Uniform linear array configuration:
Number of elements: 48
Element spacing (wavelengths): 0.5
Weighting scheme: cosine
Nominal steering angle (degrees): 0
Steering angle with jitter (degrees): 0.0941
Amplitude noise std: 0.05
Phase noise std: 0.05

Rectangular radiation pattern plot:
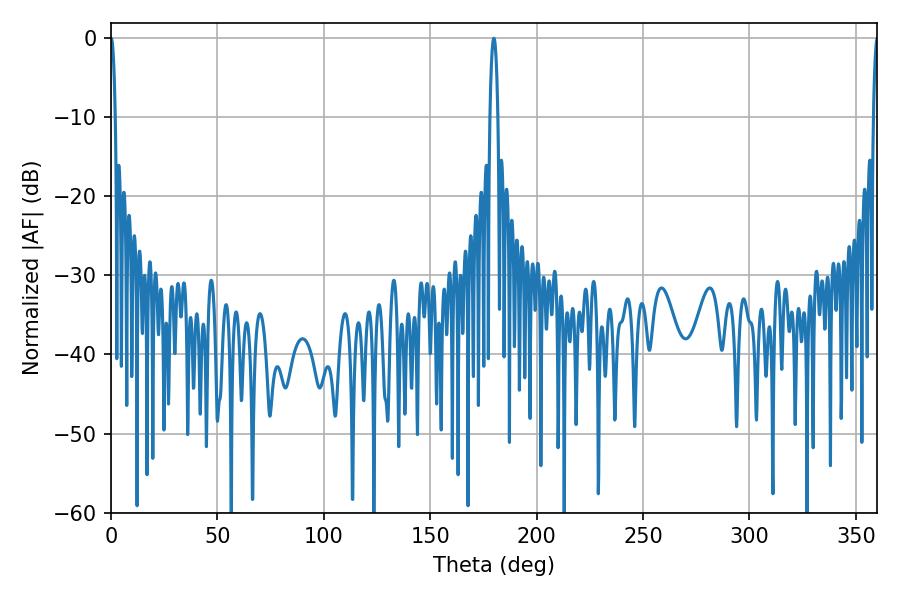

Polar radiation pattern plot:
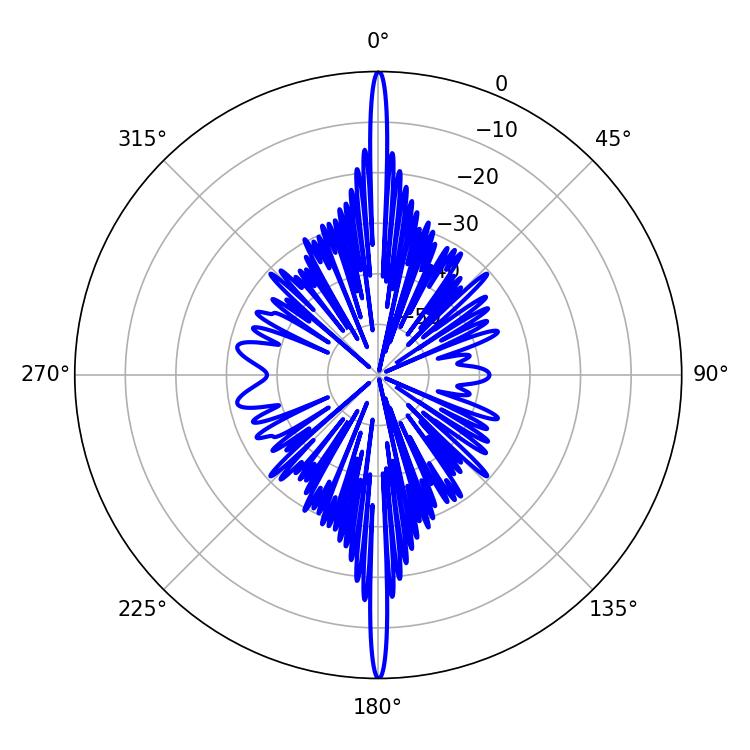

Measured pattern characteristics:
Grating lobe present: FALSE
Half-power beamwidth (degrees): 1.98
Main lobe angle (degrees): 179.82